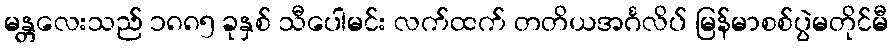
မန္တလေးသည် ၁၈၈၅ ခုနှစ် သီပေါမင်း လက်ထက် တတိယအင်္ဂလိပ် မြန်မာစစ်ပွဲမတိုင်မီ